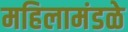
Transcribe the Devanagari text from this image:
महिलामंडळे